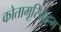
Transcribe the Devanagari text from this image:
कोतामूरियाट्टम